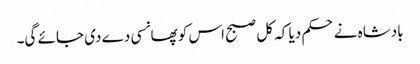
بادشاہ نے حکم دیا کہ کل صبح اس کو پھانسی دے دی جائے گی۔